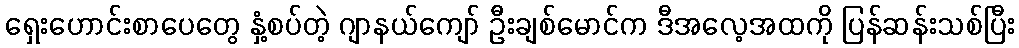
ရှေးဟောင်းစာပေတွေ နှံ့စပ်တဲ့ ဂျာနယ်ကျော် ဦးချစ်မောင်က ဒီအလေ့အထကို ပြန်ဆန်းသစ်ပြီး